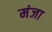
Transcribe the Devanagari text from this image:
मंजा